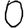
Digit: 0